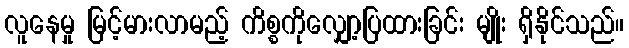
လူနေမှု မြင့်မားလာမည့် ကိစ္စကိုလျှော့ပြထားခြင်း မျိုး ရှိနိုင်သည်။